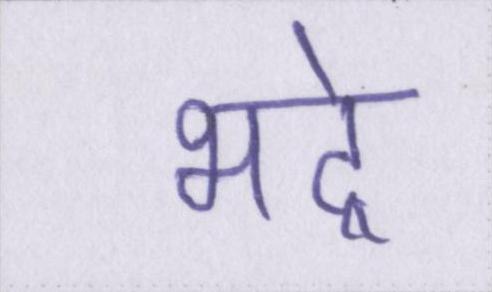
भद्रे